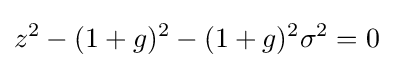
z^{2}-(1+g)^{2}-(1+g)^{2}\sigma ^{2}=0